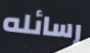
رسائله